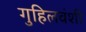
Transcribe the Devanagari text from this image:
गुहिलवंशी